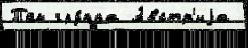
Том гру́ппа А́встр'иjа